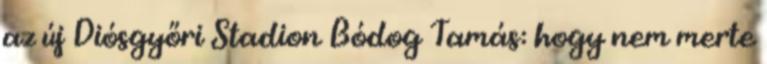
az új Diósgyőri Stadion Bódog Tamás: hogy nem merte